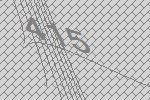
415